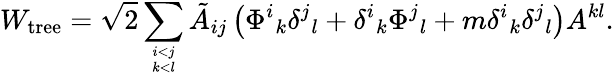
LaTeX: W_{\mathrm{tree}}=\sqrt{2}\sum_{i<j\atop k<l}\tilde{A}_{ij}\left(\Phi^{i}{}_{k}\delta^{j}{}_{l}+\delta^{i}{}_{k}\Phi^{j}{}_{l}+m\delta^{i}{}_{k}\delta^{j}{}_{l}\right)A^{kl}.